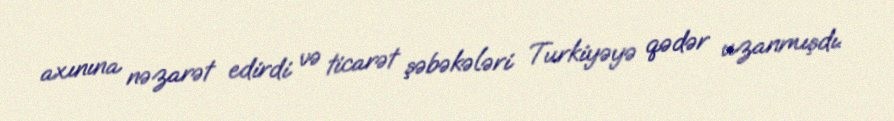
axınına nəzarət edirdi və ticarət şəbəkələri Turkiyəyə qədər uzanmışdı.